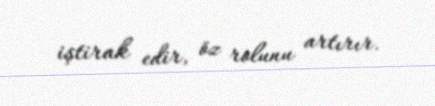
iştirak edir, öz rolunu artırır.